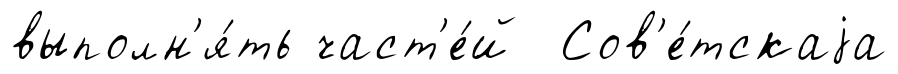
выполн'я́ть част'е́й Сов'е́тскаjа